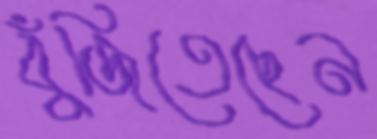
বুঁজিতেছেন